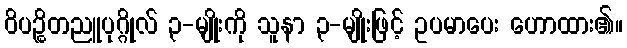
ဝိပဉ္စိတညူပုဂ္ဂိုလ် ၃-မျိုးကို သူနာ ၃-မျိုးဖြင့် ဥပမာပေး ဟောထား၏။